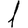
Digit: 1